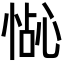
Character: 𪬍